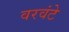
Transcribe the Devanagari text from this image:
वरवंटे